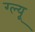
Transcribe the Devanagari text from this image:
ग्ल्यू